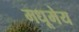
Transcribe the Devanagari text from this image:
मधूमेय